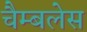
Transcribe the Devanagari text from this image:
चैम्बलेस